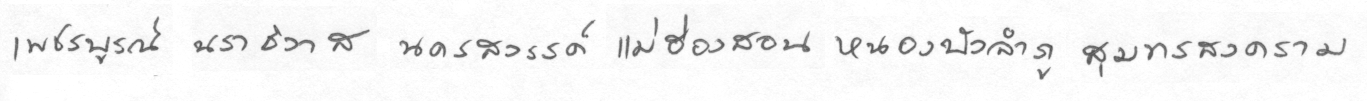
เพชรบรูณ์นราธิวาสนครสววรรค์แม่ฮ่องสอนหนองบัวลำภูสมุทรสงคราม